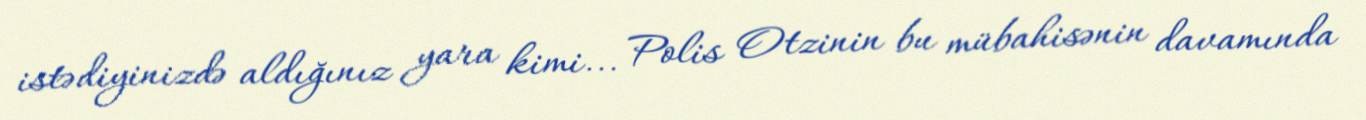
istədiyinizdə aldığınız yara kimi... Polis Otzinin bu mübahisənin davamında